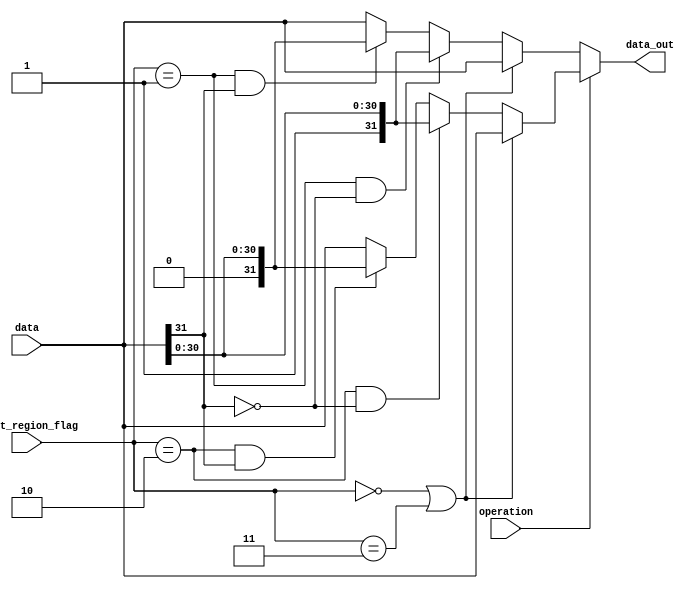
module sign_inverter #(parameter W = 32)
(
input wire [W-1:0] data,
input wire [1:0] shift_region_flag,
input wire operation,
output reg [W-1:0] data_out
);
always@*
begin
    if(operation == 1'b0)//coseno
    begin
        if(shift_region_flag == 2'b00 || shift_region_flag == 2'b11)//no hay desplazamiento
        begin
            data_out = data;
        end
        else
        begin
            if((shift_region_flag == 2'b01) && (data[W-1] == 1'b0))
            begin
                data_out = {1'b1,data[W-2:0]};
            end
            else if((shift_region_flag == 2'b01) && (data[W-1] == 1'b1))
            begin
                data_out = {1'b0,data[W-2:0]};
            end
            else
            begin
                data_out = data;
            end
        end
    end
    else //seno
    begin
        if(shift_region_flag == 2'b00 || shift_region_flag == 2'b11)//no hay desplazamiento
            begin
                data_out = data;
            end
        else
        begin
            if((shift_region_flag == 2'b10) && (data[W-1] == 1'b0))
            begin
                data_out = {1'b1,data[W-2:0]};
            end
            else if((shift_region_flag == 2'b10) && (data[W-1] == 1'b1))
            begin
                data_out = {1'b0,data[W-2:0]};
            end
            else
            begin
                data_out = data;
            end
        end
    end
end
endmodule